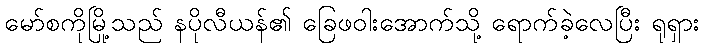
မော်စကိုမြို့သည် နပိုလီယန်၏ ခြေဖဝါးအောက်သို့ ရောက်ခဲ့လေပြီး ရုရှား